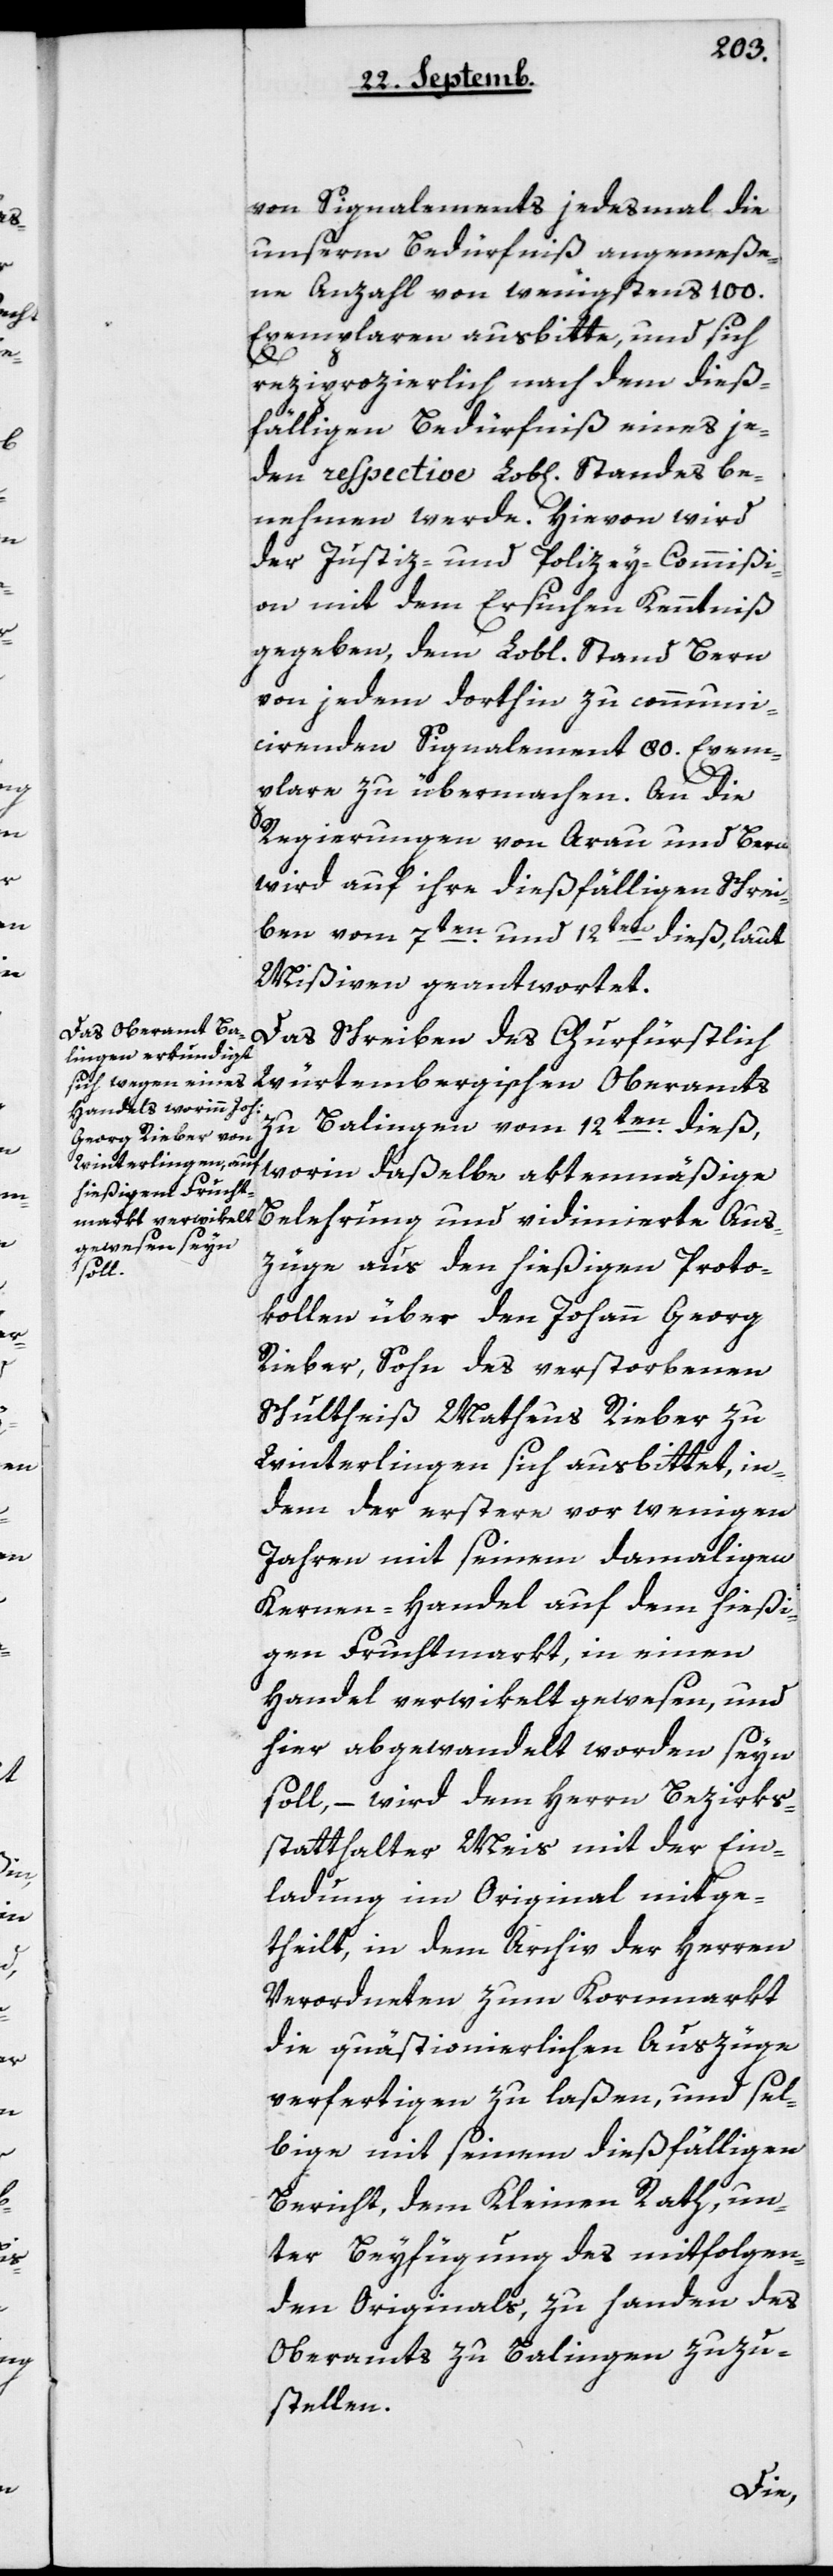
von Signalements jedesmal die
unserm Bedürfnis angemeße¬
ne Anzahl von wenigstens 100
Exemplaren ausbitte, und sich
reziprozierlich nach dem dieß¬
fälligen Bedürfnis eines je¬
den respective Lobl. Standes be¬
nehmen werde. Hievon wird
der Justiz- und Policey-Commißi¬
on mit dem Ersuchen Kenntniß
gegeben, dem Lobl. Stand Bern
von jedem dorthin zu communi¬
cierenden Signalement 80 Exem¬
plare zu übermachen. An die
Regierungen von Arau und Bern
wird auf ihre dießfälligen Schrei¬
ben vom 7ten und 12ten dieß, laut
Mißiven geantwortet.
Das Schreiben des Churfüstlich
Würtembergischen Oberamts
zu Balingen vom 12ten dieß,
worinn daßelbe aktenmäßige
Belehrung und vidimierte Aus¬
züge aus den hießigen Proto¬
kollen über den Johann Georg
Rieber, Sohn des verstorbenen
Schultheiß Matheus Rieber zu
Winterlingen sich ausbittet, in¬
dem der erstere vor wenigen
Jahren mit seinem damaligen
Kernen-Handel auf dem hießi¬
gen Fruchtmarkt, in einen
Handel verwikelt gewesen, und
hier abgewandelt worden seyn
soll, – wird dem Herrn Bezirks¬
statthalter Meis mit der Ein¬
ladung im Original mitge¬
theilt, in dem Archiv der Herren
Verordneten zum Kornmarkt
die quästionierlichen Auszüge
verfertigen zu laßen, und sel¬
bige mit seinem dießfälligen
Bericht, dem Kleinen Rath, un¬
ter Beyfügung des mitfolgen¬
den Originals, zu Handen des
Oberamts zu Balingen zuzu¬
stellen.